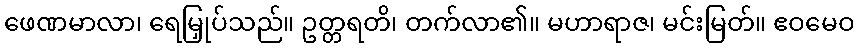
ဖေဏမာလာ၊ ရေမြှုပ်သည်။ ဥတ္တရတိ၊ တက်လာ၏။ မဟာရာဇ၊ မင်းမြတ်။ ဧဝမေဝ